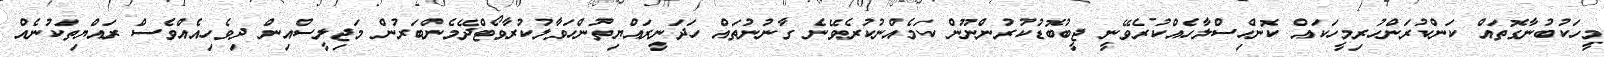
މީހަކުބުނާގޮތައް ކަންކުރަންހުރިމީހަކައް ކޮންހިސްލާހެއްކުރެވޭނީ ޖީބުބޮޑުކުރުންނޫން ކަމެއްނުކުރެވޭނެ ގާނުނުތައް ހަދަނީރައްޔިތުންހަވާލުކުރާވޯޓްދޭމެންބަރުން މަޖިލީސްއިން ދިވެހިއެއްވެސް ރައްޔިތަކުނެއް